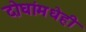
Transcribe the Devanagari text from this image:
दोघांमधेही